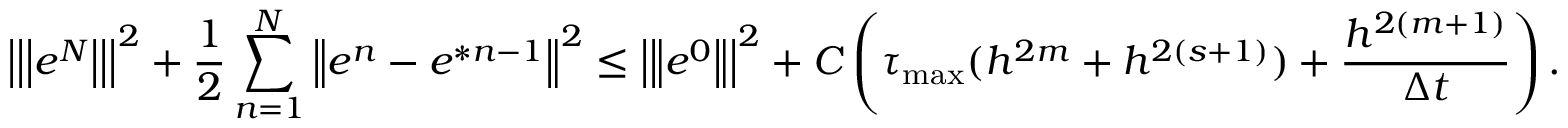
\left\vert \left\vert \left\vert e ^ { N } \right\vert \right\vert \right\vert ^ { 2 } + \frac { 1 } { 2 } \sum _ { n = 1 } ^ { N } \left\Vert e ^ { n } - e ^ { \ast n - 1 } \right\Vert ^ { 2 } \leq \left\vert \left\Vert e ^ { 0 } \right\Vert \right\vert ^ { 2 } + C \left( \tau _ { \operatorname* { m a x } } ( h ^ { 2 m } + h ^ { 2 \left( s + 1 \right) } ) + \frac { h ^ { 2 \left( m + 1 \right) } } { \Delta t } \right) .